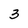
Character: 3